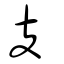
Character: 支